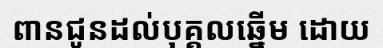
ពានជូនដល់បុគ្គលឆ្នើម ដោយ